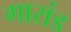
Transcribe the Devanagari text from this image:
गारांड